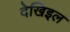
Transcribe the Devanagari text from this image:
देखिइल